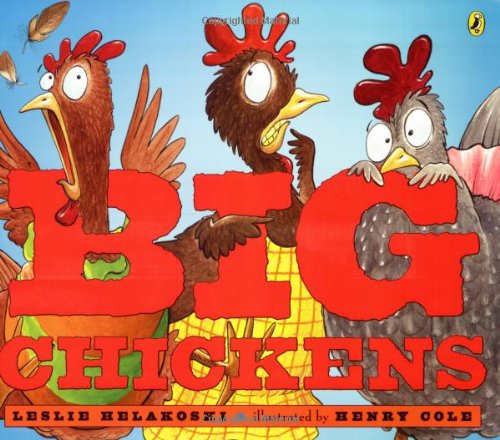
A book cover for Big Chickens; Leslie Helakoski; Children's Books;